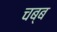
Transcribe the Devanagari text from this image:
चब्ब